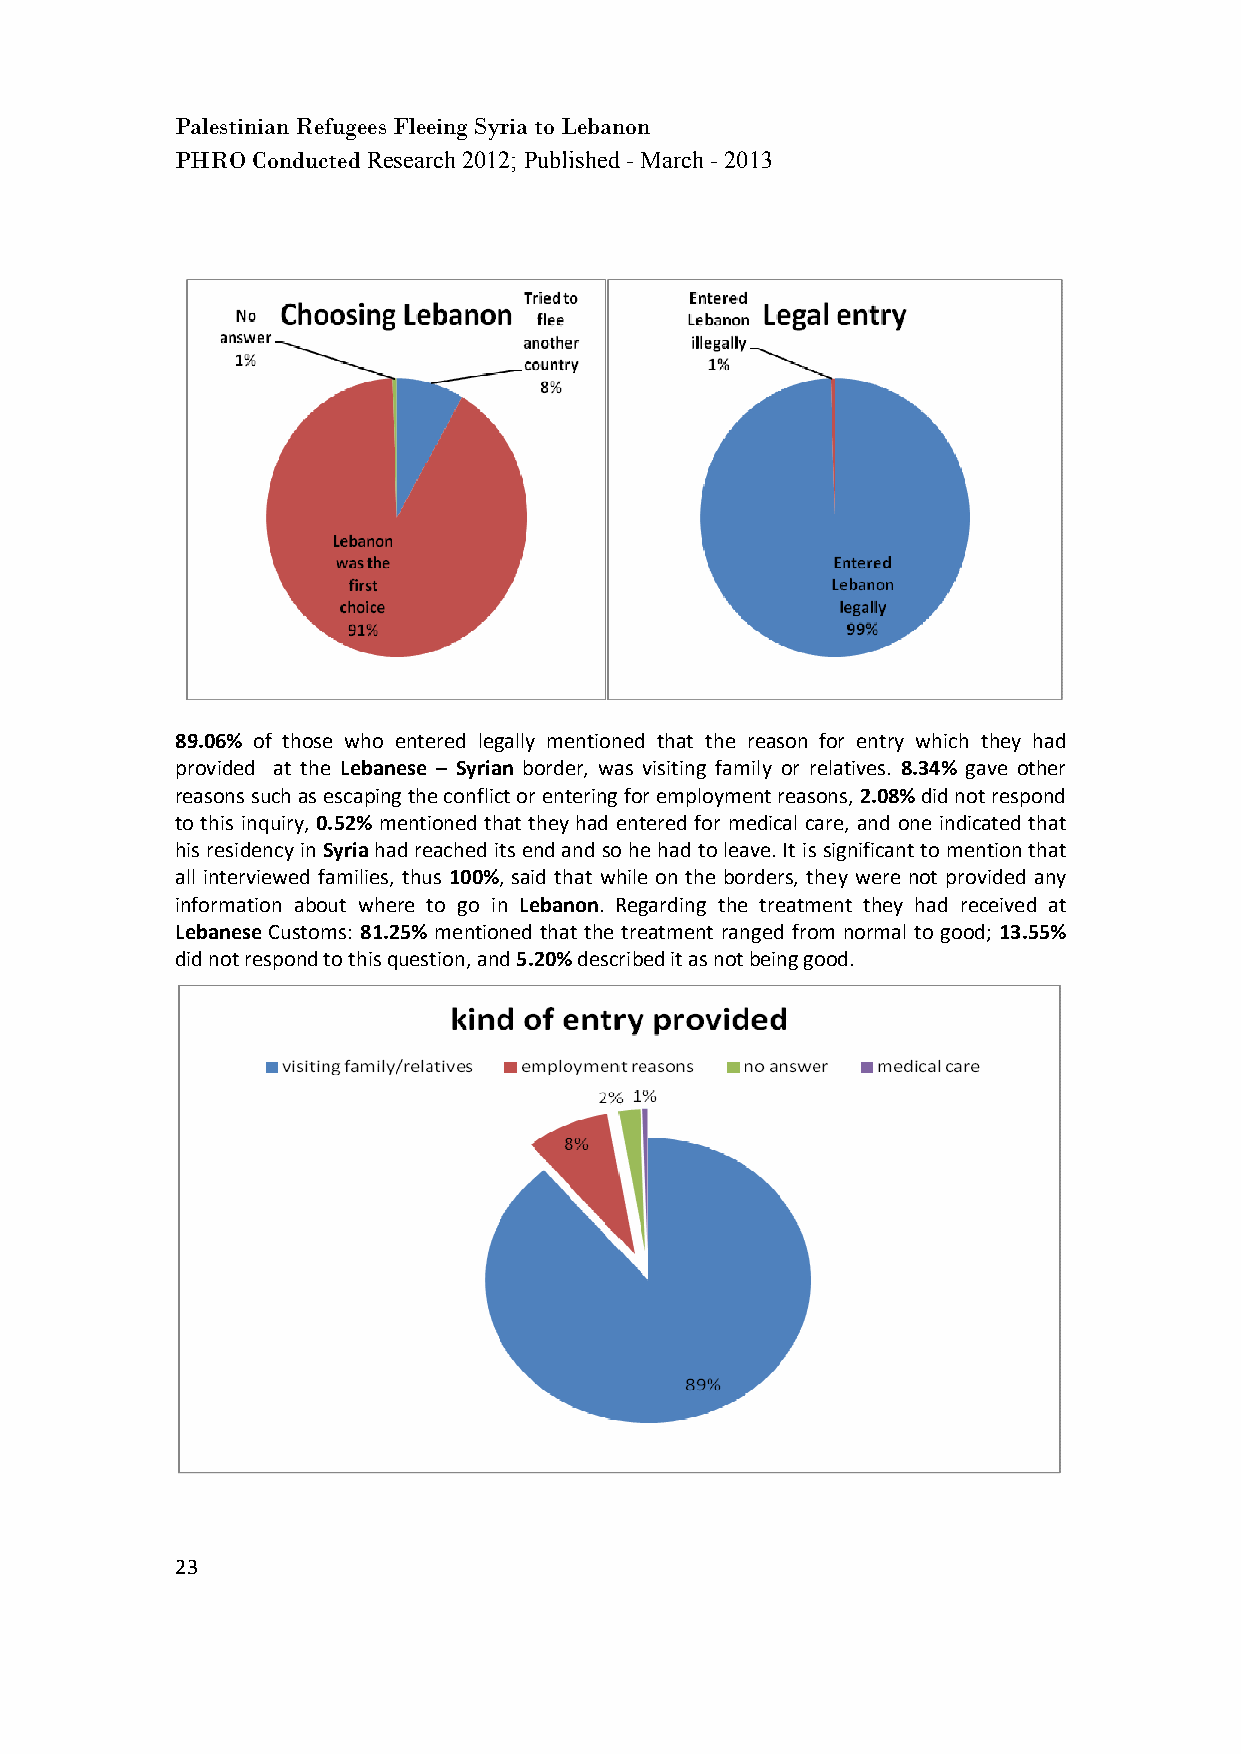
Palestinian Refugees Fleeing Syria to Lebanon
 PHRO Conducted Research 2012; Published - March - 2013
 89.06% of those who entered legally mentioned that the reason for entry which they had
 provided at the Lebanese – Syrian border, was visiting family or relatives. 8.34% gave other
 reasons such as escaping the conflict or entering for employment reasons, 2.08% did not respond
 to this inquiry, 0.52% mentioned that they had entered for medical care, and one indicated that
 his residency in Syria had reached its end and so he had to leave. It is significant to mention that
 all interviewed families, thus 100%, said that while on the borders, they were not provided any
 information about where to go in Lebanon. Regarding the treatment they had received at
 Lebanese Customs: 81.25% mentioned that the treatment ranged from normal to good; 13.55%
 did not respond to this question, and 5.20% described it as not being good.
 23